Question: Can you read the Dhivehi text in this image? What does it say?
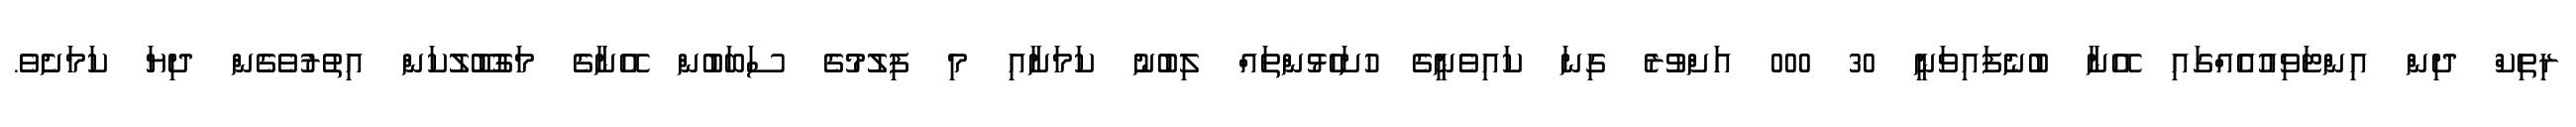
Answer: ރިތިކް ދިން އިންޓަވިއުއެއްގައި އޭނާ ބުނެފައިވަނީ 30 000 އަށްވުރެ ގިނަ ކައިވެނީގެ ހުށަހެޅުންތައް ލިބުނު ކަމަށާއި މި ފިލުމުގެ ސަބަބުން އޭނާގެ މަގުބޫލުކަން އިތުރުވެގެން ދިޔަ ކަމަށެވެ.